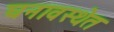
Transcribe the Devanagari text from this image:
घनावस्थेत